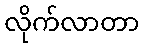
လိုက်လာတာ